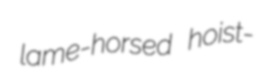
lame-horsed hoist-